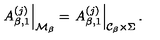
\left. A _ { \beta , 1 } ^ { ( j ) } \right| _ { { \cal M } _ { \beta } } = \left. A _ { \beta , 1 } ^ { ( j ) } \right| _ { { \cal C } _ { \beta } \times \Sigma } .